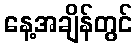
နေ့အချိန်တွင်